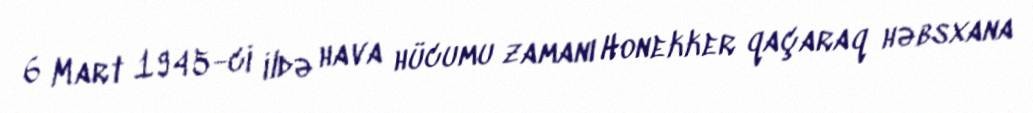
6 Mart 1945-ci ildə hava hücumu zamanı Honekker qaçaraq həbsxana